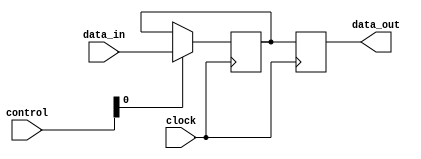
module bypass_register(
    input wire [3:0] data_in,
    input wire [3:0] control,
    input wire clock,
    output reg [3:0] data_out
);

reg [3:0] register [0:3];

always @(posedge clock) begin
    if(control[0] == 1'b1) begin
        register[0] <= data_in;
    end
    if(control[1] == 1'b1) begin
        register[1] <= data_in;
    end
    if(control[2] == 1'b1) begin
        register[2] <= data_in;
    end
    if(control[3] == 1'b1) begin
        register[3] <= data_in;
    end

    data_out <= {register[3], register[2], register[1], register[0]};
end

endmodule